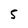
Character: 5